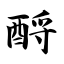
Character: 酹